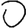
Digit: 0